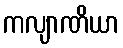
ကလျာဏိယာ